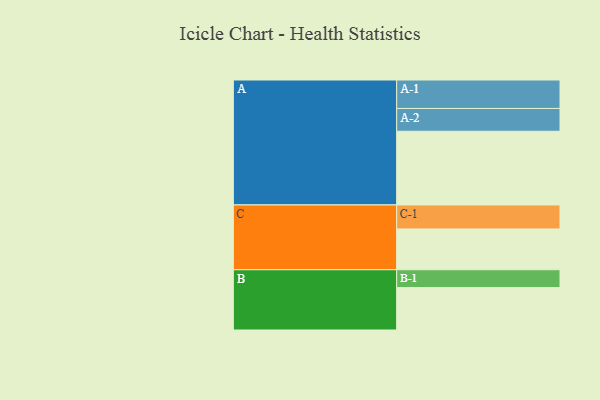
{"axis": {"x": "Segment", "y": "Value"}, "legend": ["", "A", "B", "C"], "data": [{"x": "A", "y": 598, "type": ""}, {"x": "B", "y": 344, "type": ""}, {"x": "C", "y": 331, "type": ""}, {"x": "A-1", "y": 231, "type": "A"}, {"x": "A-2", "y": 185, "type": "A"}, {"x": "B-1", "y": 145, "type": "B"}, {"x": "C-1", "y": 195, "type": "C"}]}